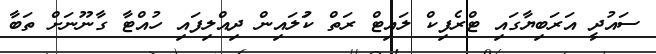
ސައުދީ އަރަބިޔާގައި ޓްރެފިކް ލައިޓް ރަތް ކުަލައިން ދިއްލިފައި ހުއްޓާ ގާނޫނަށް ތަބާ